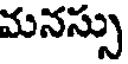
మనస్సు